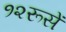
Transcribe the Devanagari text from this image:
१२रूसें